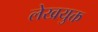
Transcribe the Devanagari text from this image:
लेखयुक्त